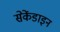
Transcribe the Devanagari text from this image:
सेकेंडाइन